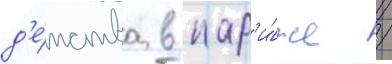
д'е́тства в пар'и́же /